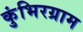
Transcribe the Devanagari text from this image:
कुंभिरग्राम